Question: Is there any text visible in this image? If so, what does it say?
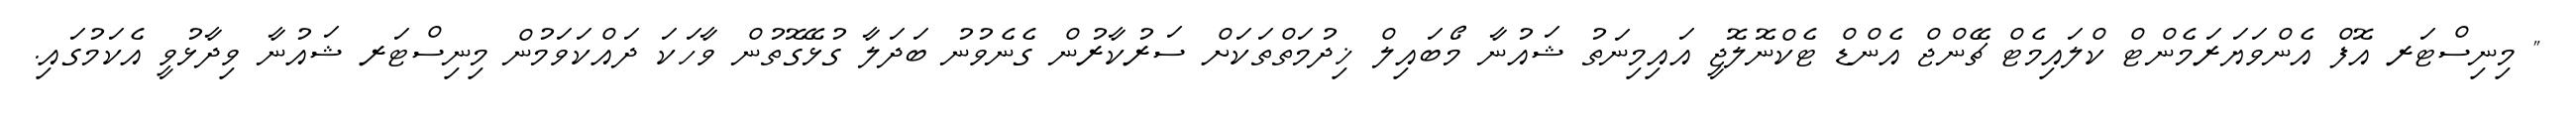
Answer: " މިނިސްޓަރ އޮފް އެންވަޔަރަމެންޓް ކްލައިމެޓް ޗޭންޖް އެންޑް ޓެކްނޮލޮޖީ އައިމިނަތު ޝައުނާ މޯބައިލް ޚިދުމަތްތަކަށް ސަރުކާރުން ގެނެވުނު ބަދަލާ ގުޅޭގޮތުން ވާހަކަ ދައްކަވަމުން މިނިސްޓަރ ޝައުނާ ވިދާޅުވީ އެކަމުގައި.